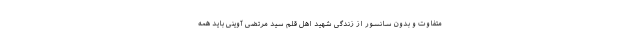
متفاوت و بدون سانسور از زندگی شهید اهل قلم سید مرتضی آوینی باید همه